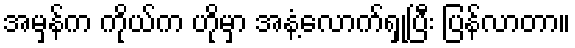
အမှန်က ကိုယ်က ဟိုမှာ အနံ့လောက်ရှုပြီး ပြန်လာတာ။